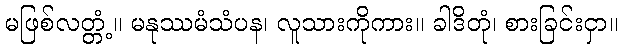
မဖြစ်လတ္တံ့။ မနုဿမံသံပန၊ လူသားကိုကား။ ခါဒိတုံ၊ စားခြင်းငှာ။